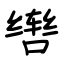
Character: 辔